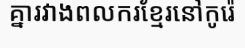
គ្នារវាងពលករខ្មែរនៅកូរ៉េ